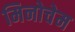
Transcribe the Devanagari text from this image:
मिनोचेम